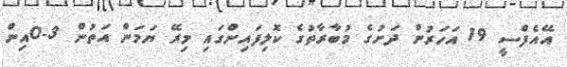
އޭއެފްސީ 19 އަހަރުން ދަށުގެ މުބާރާތުގެ ކޮލިފައިންގައި މިރޭ ޔަމަން އަތުން 3-0އިން